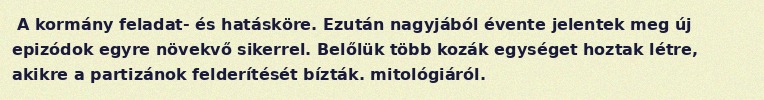
A kormány feladat- és hatásköre. Ezután nagyjából évente jelentek meg új epizódok egyre növekvő sikerrel. Belőlük több kozák egységet hoztak létre, akikre a partizánok felderítését bízták. mitológiáról.